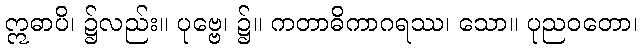
ဣဓာပိ၊ ၌လည်း။ ပုဗ္ဗေ၊ ၌။ ကတာဓိကာဂရဿ၊ သော။ ပုညဝတော၊